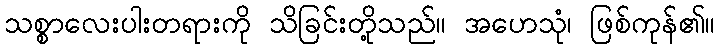
သစ္စာလေးပါးတရားကို သိခြင်းတို့သည်။ အဟေသုံ၊ ဖြစ်ကုန်၏။